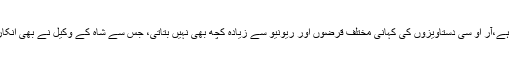
جیسا کہ ظاہر ہے،آر او سی دستاویزوں کی کہانی مختلف قرضوں اور ریونیو سے زیادہ کچھ بھی نہیں بتاتی، جس سے شاہ کے وکیل نے بھی انکار نہیں کیا ہے۔